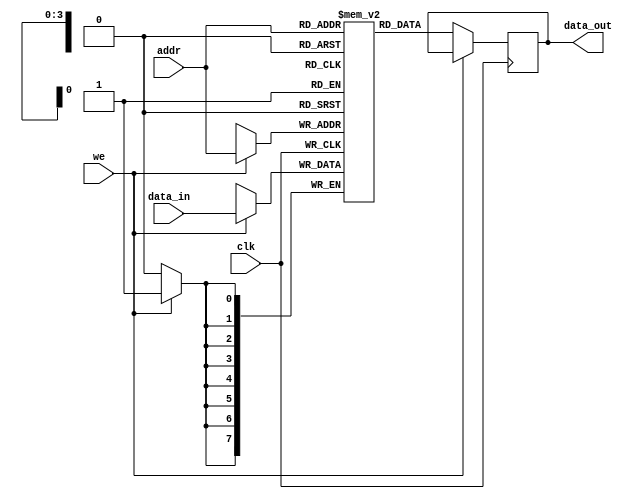
module parameterized_ram #(
    parameter DATA_WIDTH = 8,  // Number of bits per memory word
    parameter ADDR_WIDTH = 4    // Number of address lines
)(
    input wire clk,              // Clock signal
    input wire we,               // Write enable signal
    input wire [ADDR_WIDTH-1:0] addr,   // Address bus
    input wire [DATA_WIDTH-1:0] data_in, // Input data bus
    output reg [DATA_WIDTH-1:0] data_out  // Output data bus
);

    // Memory array declaration
    reg [DATA_WIDTH-1:0] memory [(2**ADDR_WIDTH)-1:0];

    // Synchronous read/write operation
    always @(posedge clk) begin
        if (we) begin
            // Write operation
            memory[addr] <= data_in;
        end else begin
            // Read operation
            data_out <= memory[addr];
        end
    end

    // Optional: Asynchronous reset functionality (uncomment if needed)
    /*
    input wire rst, // Asynchronous reset signal
    always @(posedge clk or posedge rst) begin
        if (rst) begin
            // Initialize memory to zero
            integer i;
            for (i = 0; i < (2**ADDR_WIDTH); i = i + 1) begin
                memory[i] <= 0;
            end
        end else begin
            if (we) begin
                // Write operation
                memory[addr] <= data_in;
            end else begin
                // Read operation
                data_out <= memory[addr];
            end
        end
    end
    */

endmodule